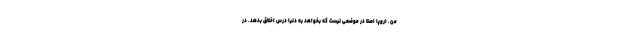
من. اروپا اصلا در موضعی نیست که بخواهد به دنیا درس اخلاق بدهد. در